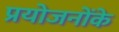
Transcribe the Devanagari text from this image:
प्रयोजनोंके